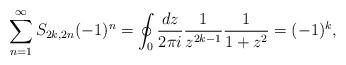
LaTeX: \begin{align*}\sum_{n=1}^{\infty} S_{2k,2n} (-1)^n =\oint_0 {dz \over 2\pi i } {1 \over z^{2k-1}} {1 \over 1+z^2} = (-1)^k ,\end{align*}